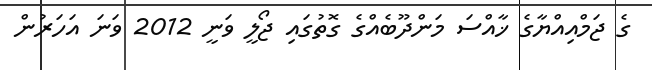
ގެ ޖަމްއިއްޔާގެ ޚާއްސަ މަންދޫބެއްގެ ގޮތުގައި ޖޯލީ ވަނީ 2012 ވަނަ އަހަރުން